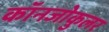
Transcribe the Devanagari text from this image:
कॉनजोकुलर